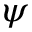
\psi